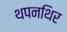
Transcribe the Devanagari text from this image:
थपनथिर